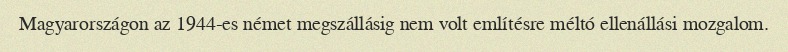
Magyarországon az 1944-es német megszállásig nem volt említésre méltó ellenállási mozgalom.